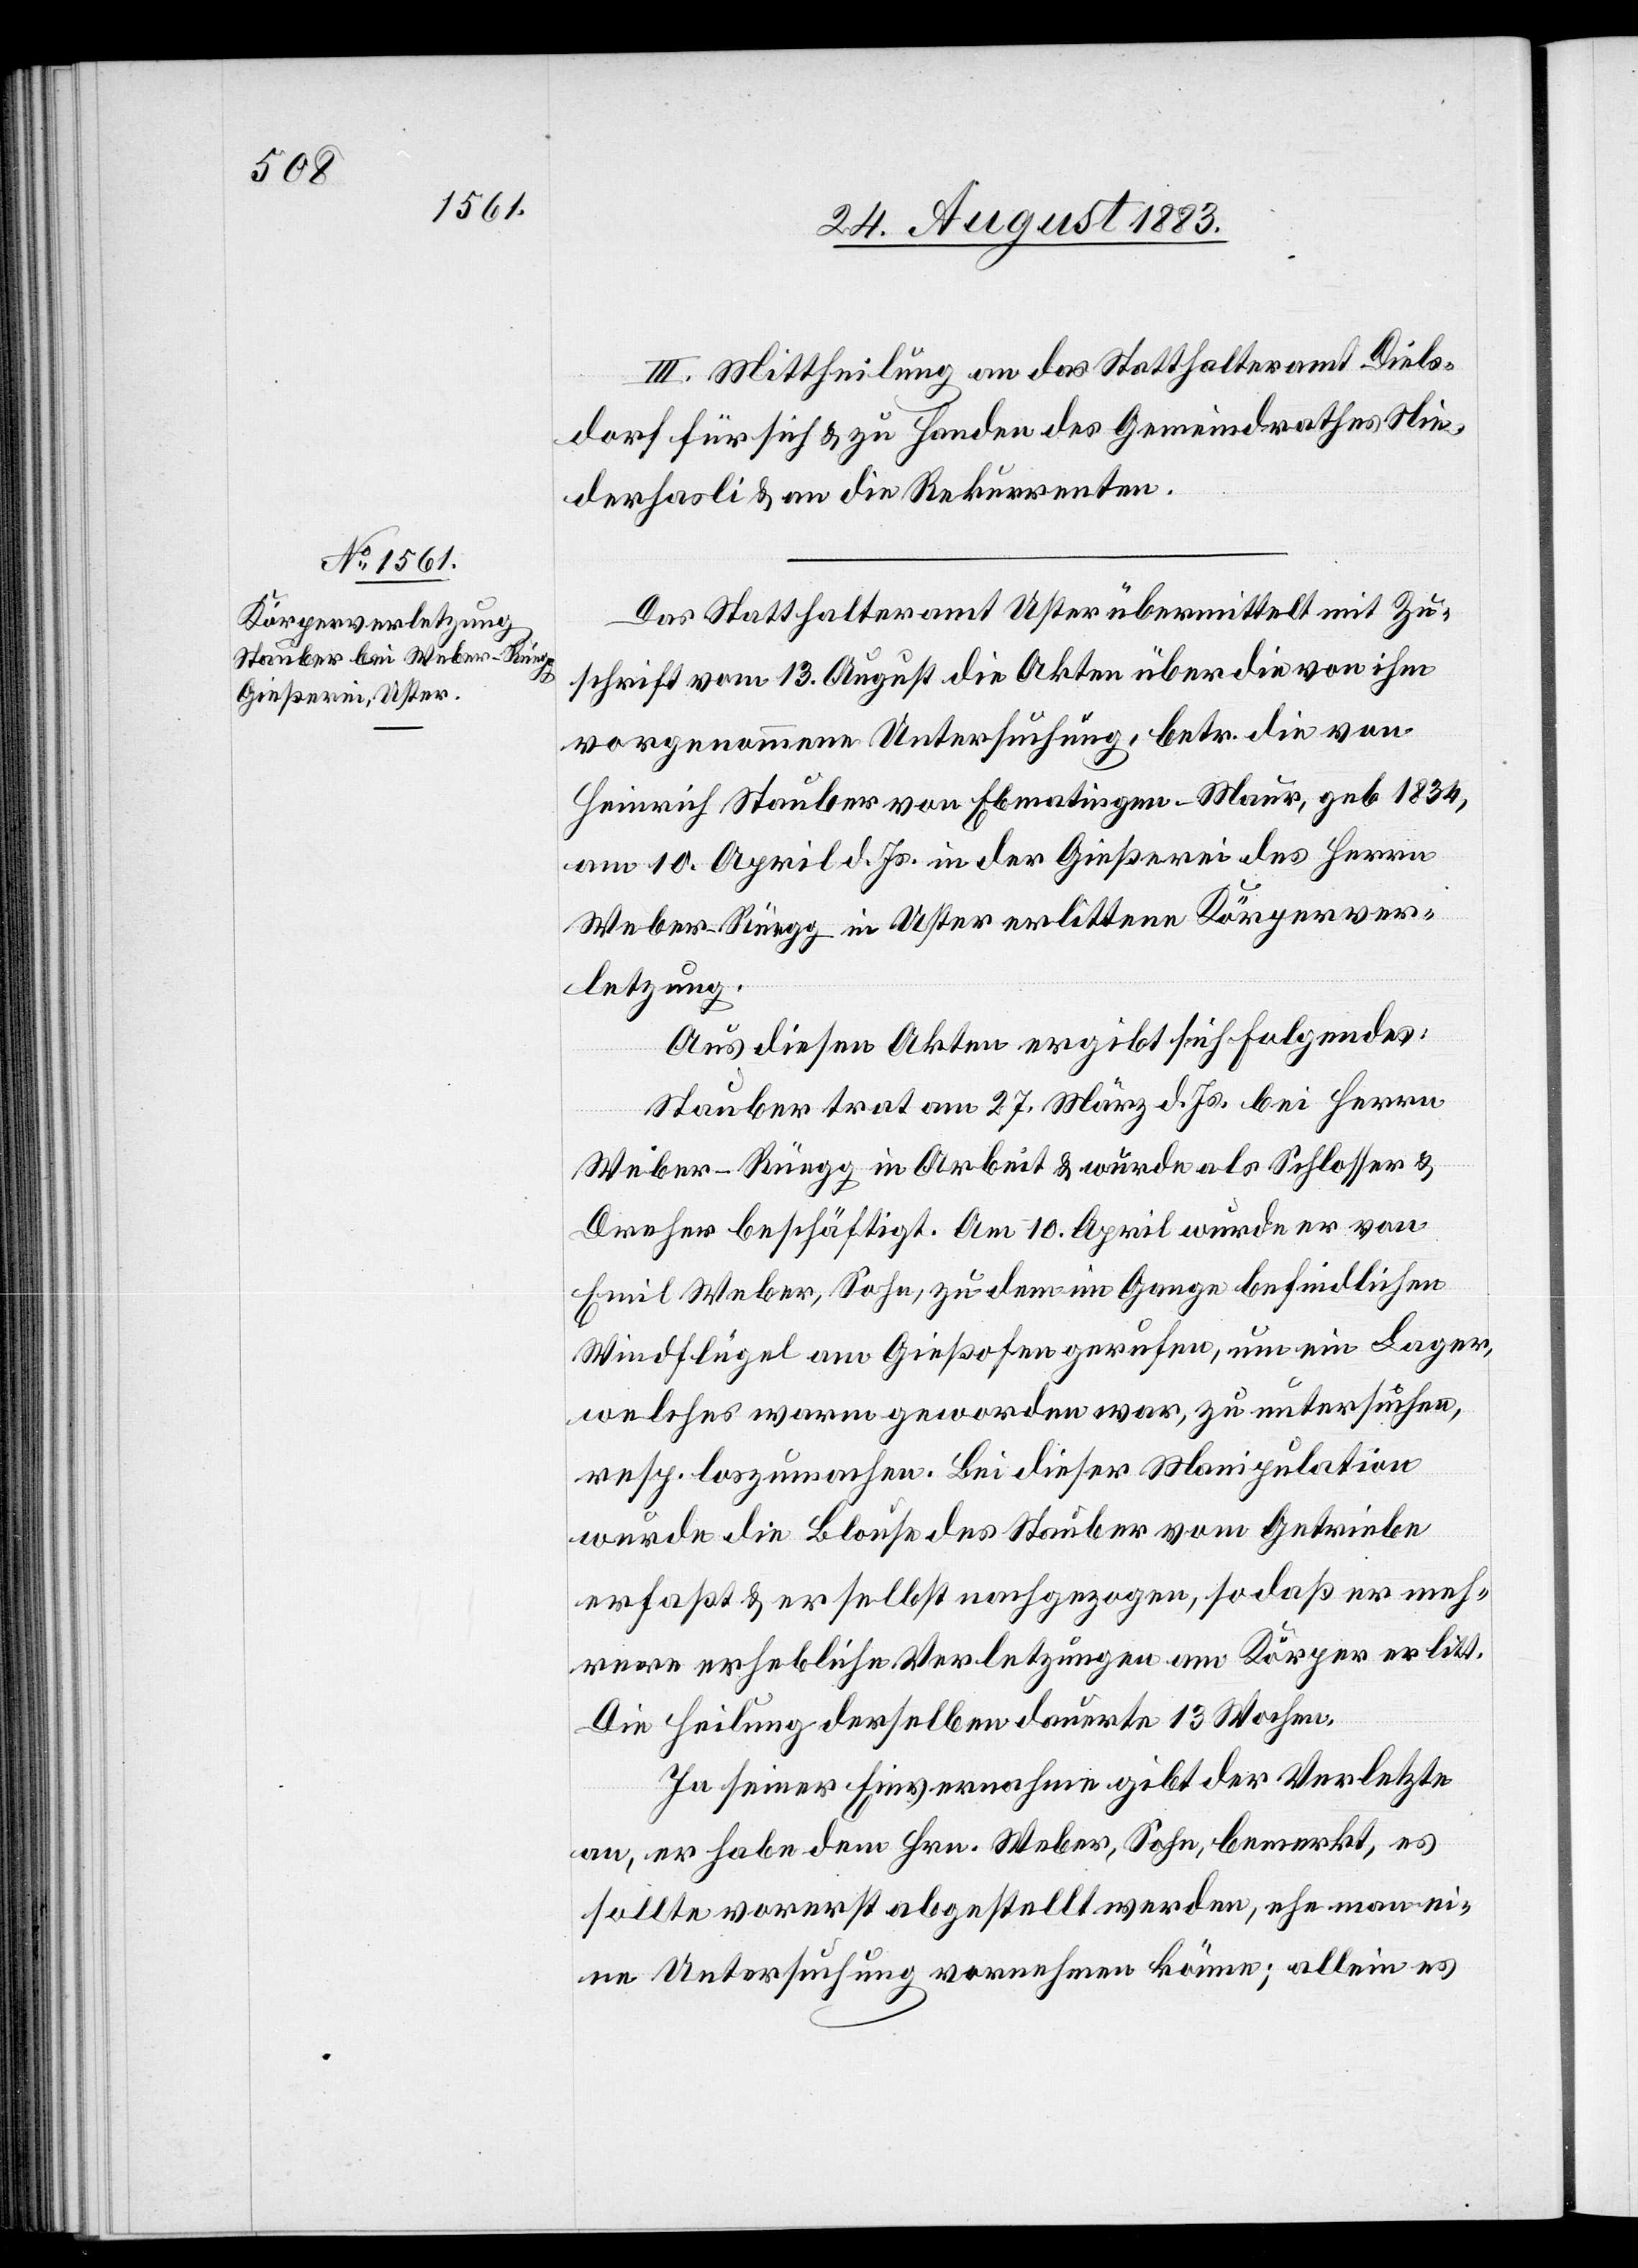
III. Mittheilung an das Statthalteramt Diels¬
dorf für sich & zu Handen des Gemeindrathes Nie¬
derhasli & an die Rekurrenten.
Das Statthalteramt Uster übermittelt mit Zu¬
schrift vom 13. August die Akten über die von ihm
vorgenommene Untersuchung, betr. die von
Heinrich Stauber von Ebmatingen - Maur, geb. 1834,
am 10. April d. Js. in der Gießerei des Herrn
Weber-Rüegg in Uster erlittene Körperver¬
letzung.
Aus diesen Akten ergibt sich Folgendes:
Stauber trat am 27. März d. Js. bei Herrn
Weber-Rüegg in Arbeit & wurde als Schlosser &
Dreher beschäftigt. Am 10. April wurde er von
Emil Weber, Sohn, zu dem im Gange befindlichen
Windflügel am Gießofen gerufen, um ein Lager,
welches warm geworden war, zu untersuchen,
resp. loszumachen. Bei dieser Manipulation
wurde die Blouse des Stauber vom Getriebe
erfaßt & er selbst nachgezogen, so daß er meh¬
rere erhebliche Verletzungen am Körper erlitt.
Die Heilung derselben dauerte 13 Wochen.
In seiner Einvernahme gibt der Verletzte
an, er habe dem Hrn. Weber, Sohn, bemerkt, es
sollte vorerst abgestellt werden, ehe man ei¬
ne Untersuchung vornehmen könne; allein es